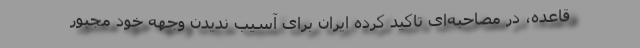
قاعده، در مصاحبه‌ای تاکید کرده ایران برای آسیب ندیدن وجهه خود مجبور